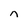
Character: n